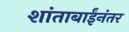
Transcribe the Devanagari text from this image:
शांताबाईंनंतर